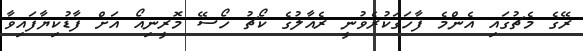
ރޭގެ މެޗުގައި އެންމެ ފާހަގަކުރެވުނީ ރެއާލުގެ ކޯޗު ހޯސޭ މޮރީނިއޯ އަށް ފާޑުކިޔާފައިވާ